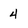
Character: 4